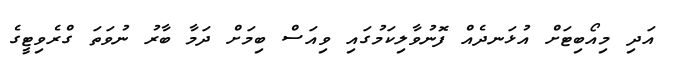
އަދި މިއޯބިޓަށް އުޅަނދެއް ފޮނުވާލިކަމުގައި ވިއަސް ބިމަށް ދަމާ ބާރު ނުވަތަ ގްރެވިޓީގެ